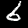
Digit: 6